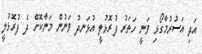
އަދި އަސުރުމާގޯޅި ވަނީ ހަތަރު ފުރޮޅުުލީ އުޅަނދު ވަނުން މަނާކޮށް ދެ ފުރޮޅުލީ